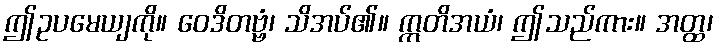
ဤဥပမေယျကို။ ဝေဒိတဗ္ဗံ၊ သိအပ်၏။ ဣတိအယံ၊ ဤသည်ကား။ အတ္ထ၊